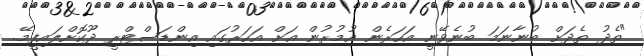
"ތެދު ތެދަށް ބުނާނަމަ ބުނެވޭނީ އަހަރެން އުމުރުން އަށް އަހަރުގައި އިންޑަސްޓްރީ ދޫކޮށްލައިފީމޭ.